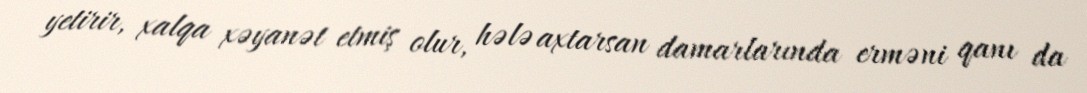
yetirir, xalqa xəyanət etmiş olur, hələ axtarsan damarlarında erməni qanı da